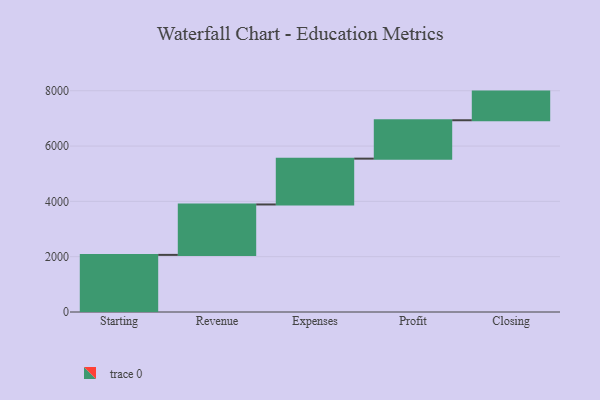
{"axis": {"x": "Step", "y": "Value"}, "legend": [""], "data": [{"x": "Starting", "y": 2065.0, "type": ""}, {"x": "Revenue", "y": 1823.0, "type": ""}, {"x": "Expenses", "y": 1657.0, "type": ""}, {"x": "Profit", "y": 1388.0, "type": ""}, {"x": "Closing", "y": 1036.0, "type": ""}]}